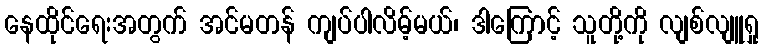
နေထိုင်ရေးအတွက် အင်မတန် ကျပ်ပါလိမ့်မယ်၊ ဒါကြောင့် သူတို့ကို လျစ်လျူရှု